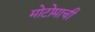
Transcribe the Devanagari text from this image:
मोटोमाची